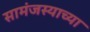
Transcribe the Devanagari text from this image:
सामंजस्याच्या